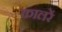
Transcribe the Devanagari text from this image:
कालरें